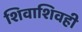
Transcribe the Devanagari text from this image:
शिवाशिवही